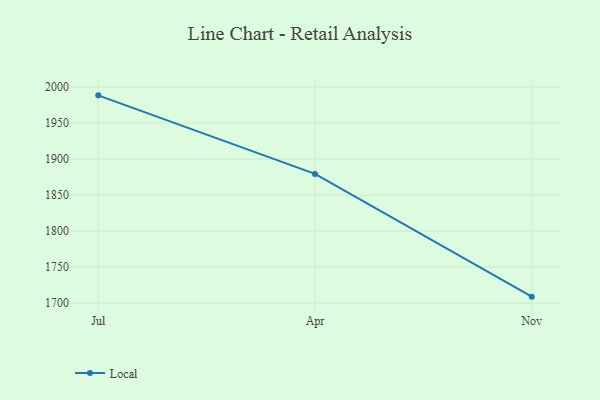
{"axis": {"x": "Month", "y": "Headcount"}, "legend": ["Local"], "data": [{"x": "Jul", "y": 1988.6, "type": "Local"}, {"x": "Apr", "y": 1879.5, "type": "Local"}, {"x": "Nov", "y": 1709.0, "type": "Local"}]}